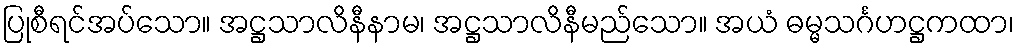
ပြုစီရင်အပ်သော။ အဋ္ဌသာလိနီနာမ၊ အဋ္ဌသာလိနီမည်သော။ အယံ ဓမ္မသင်္ဂဟဋ္ဌကထာ၊